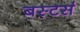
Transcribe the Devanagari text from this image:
बस्टर्स